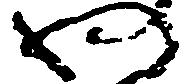
わ